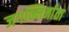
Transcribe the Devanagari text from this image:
जगन्निर्माता